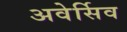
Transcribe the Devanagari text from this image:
अवेर्सिव